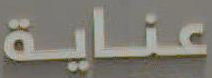
عناية